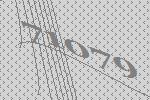
71079